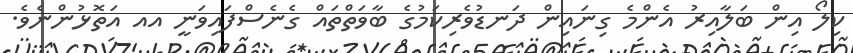
ކިލޯ އިން ބަލާއިރު އެންމެ ގިނައިން ދަނޑުވެރިކަމުގެ ބާވަތްތައް ގެނެސްފައިވަނީ އއ އަތޮޅުންނެވެ.